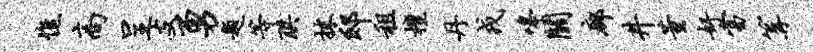
憔高呈支勇题等珙抹邸租檀丹戎嗥关廊井董奸当篝